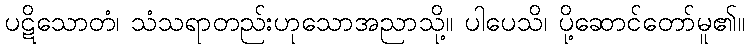
ပဋိသောတံ၊ သံသရာတည်းဟုသောအညာသို့။ ပါပေသိ၊ ပို့ဆောင်တော်မူ၏။